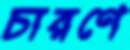
চারণে